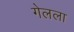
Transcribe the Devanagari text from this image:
गेलला